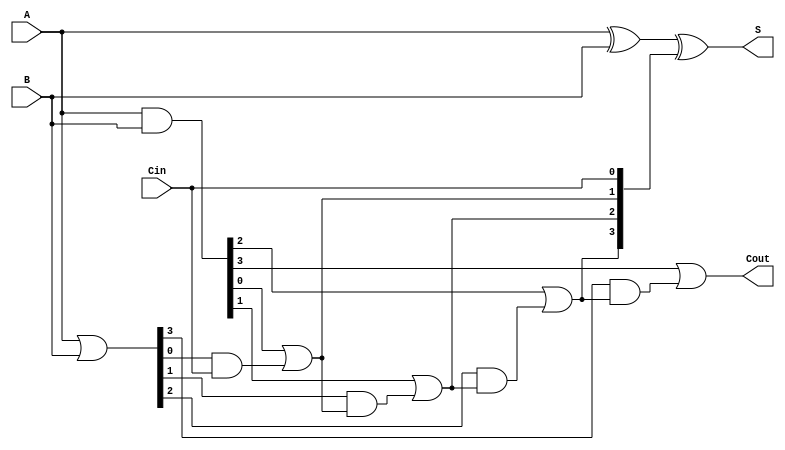
module VLCLA #(parameter N = 4) (
    input  wire [N-1:0] A,      // First n-bit input
    input  wire [N-1:0] B,      // Second n-bit input
    input  wire Cin,             // Carry-in
    output wire [N-1:0] S,       // n-bit sum output
    output wire Cout             // Carry-out
);

    // Generate and Propagate signals
    wire [N-1:0] G; // Generate
    wire [N-1:0] P; // Propagate
    wire [N:0] C;   // Carry signals

    // Generate and Propagate calculations
    assign G = A & B;          // Gi = Ai AND Bi
    assign P = A | B;          // Pi = Ai OR Bi

    // Carry calculations
    assign C[0] = Cin;         // C0 = Cin
    genvar i;
    generate
        for (i = 0; i < N; i = i + 1) begin : carry_calc
            assign C[i + 1] = G[i] | (P[i] & C[i]); // Ci+1 = Gi OR (Pi AND Ci)
        end
    endgenerate

    // Sum calculations
    assign S = A ^ B ^ C[N-1:0]; // Si = Ai XOR Bi XOR Ci

    // Carry-out
    assign Cout = C[N]; // Cout = CN

endmodule